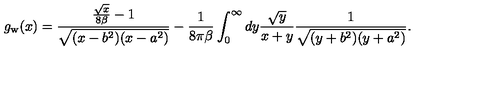
g _ { \mathrm { w } } ( x ) = { \frac { { \frac { \sqrt { x } } { 8 \beta } } - 1 } { \sqrt { ( x - b ^ { 2 } ) ( x - a ^ { 2 } ) } } } - { \frac { 1 } { 8 \pi \beta } } \int _ { 0 } ^ { \infty } d y { \frac { \sqrt { y } } { x + y } } { \frac { 1 } { \sqrt { ( y + b ^ { 2 } ) ( y + a ^ { 2 } ) } } } .